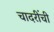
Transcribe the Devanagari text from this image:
चादरींची